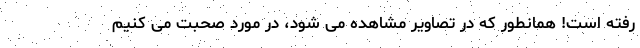
رفته است! همانطور که در تصاویر مشاهده می شود، در مورد صحبت می کنیم